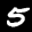
Label: 5